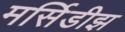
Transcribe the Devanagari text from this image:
मर्सिडीझ